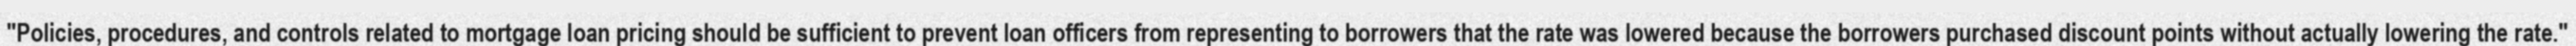
"Policies, procedures, and controls related to mortgage loan pricing should be sufficient to prevent loan officers from representing to borrowers that the rate was lowered because the borrowers purchased discount points without actually lowering the rate."